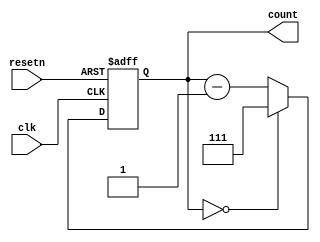
`timescale 1ns / 1ps
//////////////////////////////////////////////////////////////////////////////////
// Company: 
// Engineer: 
// 
// Design Name: 
// Module Name: ctc8
// Project Name: 
// Target Devices: 
// Tool Versions: 
// Description: 
// 
// Dependencies: 
// 
// Revision:
// Revision 0.01 - File Created
// Additional Comments:
// 
//////////////////////////////////////////////////////////////////////////////////


module ctc8(
clk,
resetn,
count
);
input clk,resetn;
output reg[2:0] count;
always @(posedge clk or negedge resetn) begin
if(resetn == 0) begin
count = 0;
end else begin
if(count == 0)
count = 7;
else begin
count = count - 1;
end
end
end
endmodule